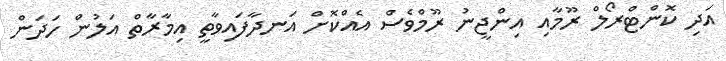
އަދި ކޮންޓްރޯލް ރޫމާއި އިންޖީނު ރޫމްވެސް އެއްކޮށް އަނދާފައިވާތީ އިމާރާތް އަލުން ހަދަން